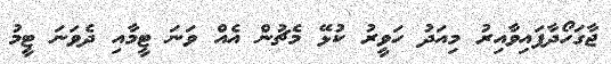
ޖާގަހޯދާފައިވާއިރު މިއަދު ހަވީރު ކުޅޭ މެޗުން އެއް ވަނަ ޓީމާއި ދެވަނަ ޓީމު